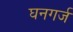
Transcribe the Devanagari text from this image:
घनगर्ज